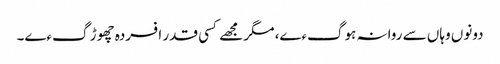
دونوں وہاں سے روانہ ہوگءے، مگر مجھے کسی قدر افسردہ چھوڑ گءے۔